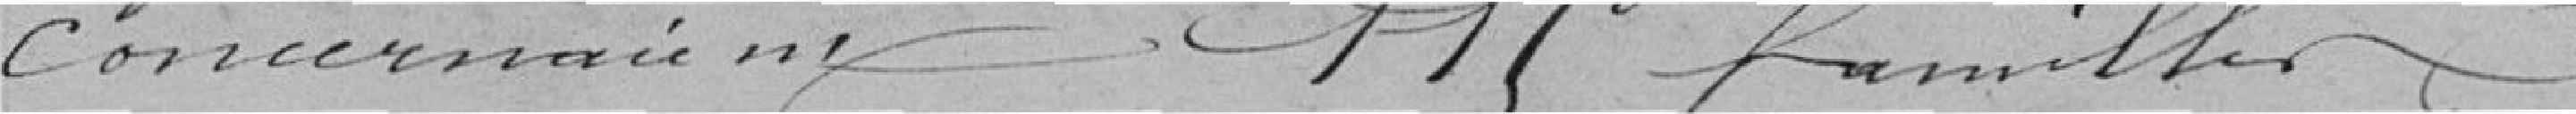
concernées 115 familles.